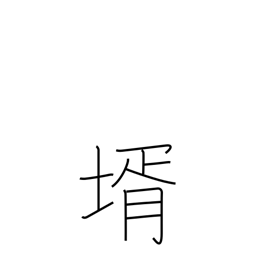
Meaning: son-in-law